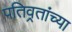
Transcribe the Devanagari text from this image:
पतिव्रतांच्या